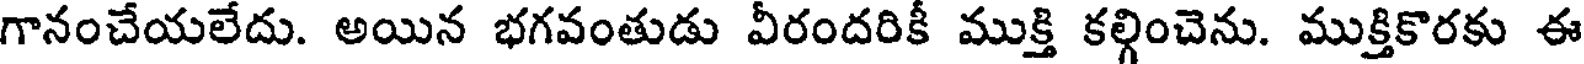
గానంచేయలేదు. అయిన భగవంతుడు వీరందరికీ ముక్తి కల్గించెను. ముక్తికొరకు ఈ